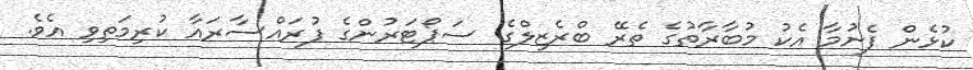
ކުޅެން ފެށުމާ އެކު މުބާރާތުގެ ތެރޭ ބްރެޒިލްގެ ސަޕޯޓަރުންގެ ފުރައްސާރައާ ކުރިމަތިވި އެވެ.